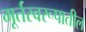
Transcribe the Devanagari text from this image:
मूर्तस्वरूपातील